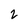
Character: 2